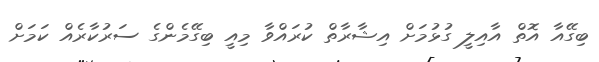
ބިގޭއާ އޮތް އާއިލީ ގުޅުމަށް އިޝާރާތް ކުރައްވާ މިއީ ބިގޭމެންގެ ސަރުކާރެއް ކަަމަށް